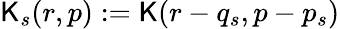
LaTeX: \mathsf{K}_{s}(r,p):=\mathsf{K}(r-q_{s},p-p_{s})